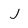
Character: j